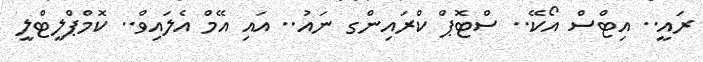
ރައީ.. އިޓްސް އޯކޭ.. ސްޓޮޕް ކްރައިންގ ނައު.. އައި އޭމް އެލައިވް.. ކޮމްޕްލީޓްލީ